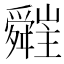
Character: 𦨁